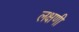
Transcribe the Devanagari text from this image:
लक्षणी